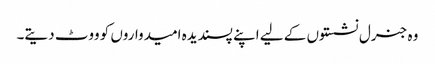
وہ جنرل نشستوں کے لیے اپنے پسندیدہ امیدواروں کو ووٹ دیتے۔